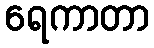
ရေကာတာ